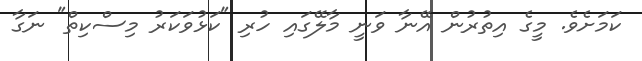
ކަމަށެވެ. މީގެ އިތުރުން އޭނާ ވަނީ މާލޭގައި ހުރި "ކަޅުވަކަރު މިސްކިތް" ނަގާ